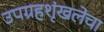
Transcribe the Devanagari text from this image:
उपग्रहशृंखलेचा